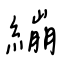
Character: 繃